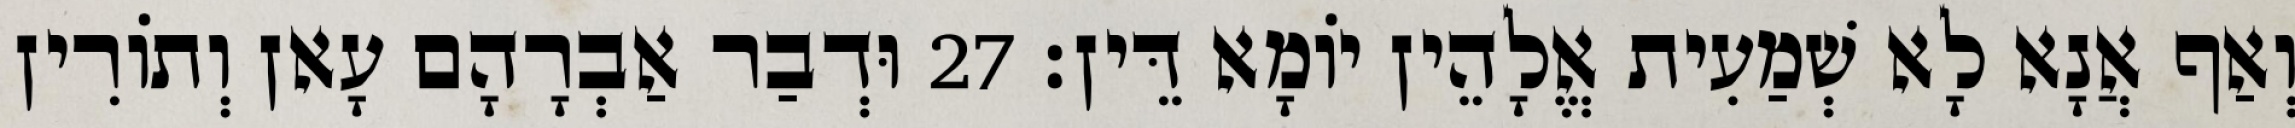
וְאַף אֲנָא לָא שְׁמַעִית אֱלָהֵין יוֹמָא דֵּין׃ 27 וּדְבַר אַבְרָהָם עָאן וְתוֹרִין